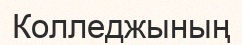
Колледжының